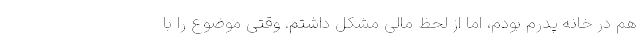
هم در خانه پدرم بودم، اما از لحظ مالی مشکل داشتم. وقتی موضوع را با